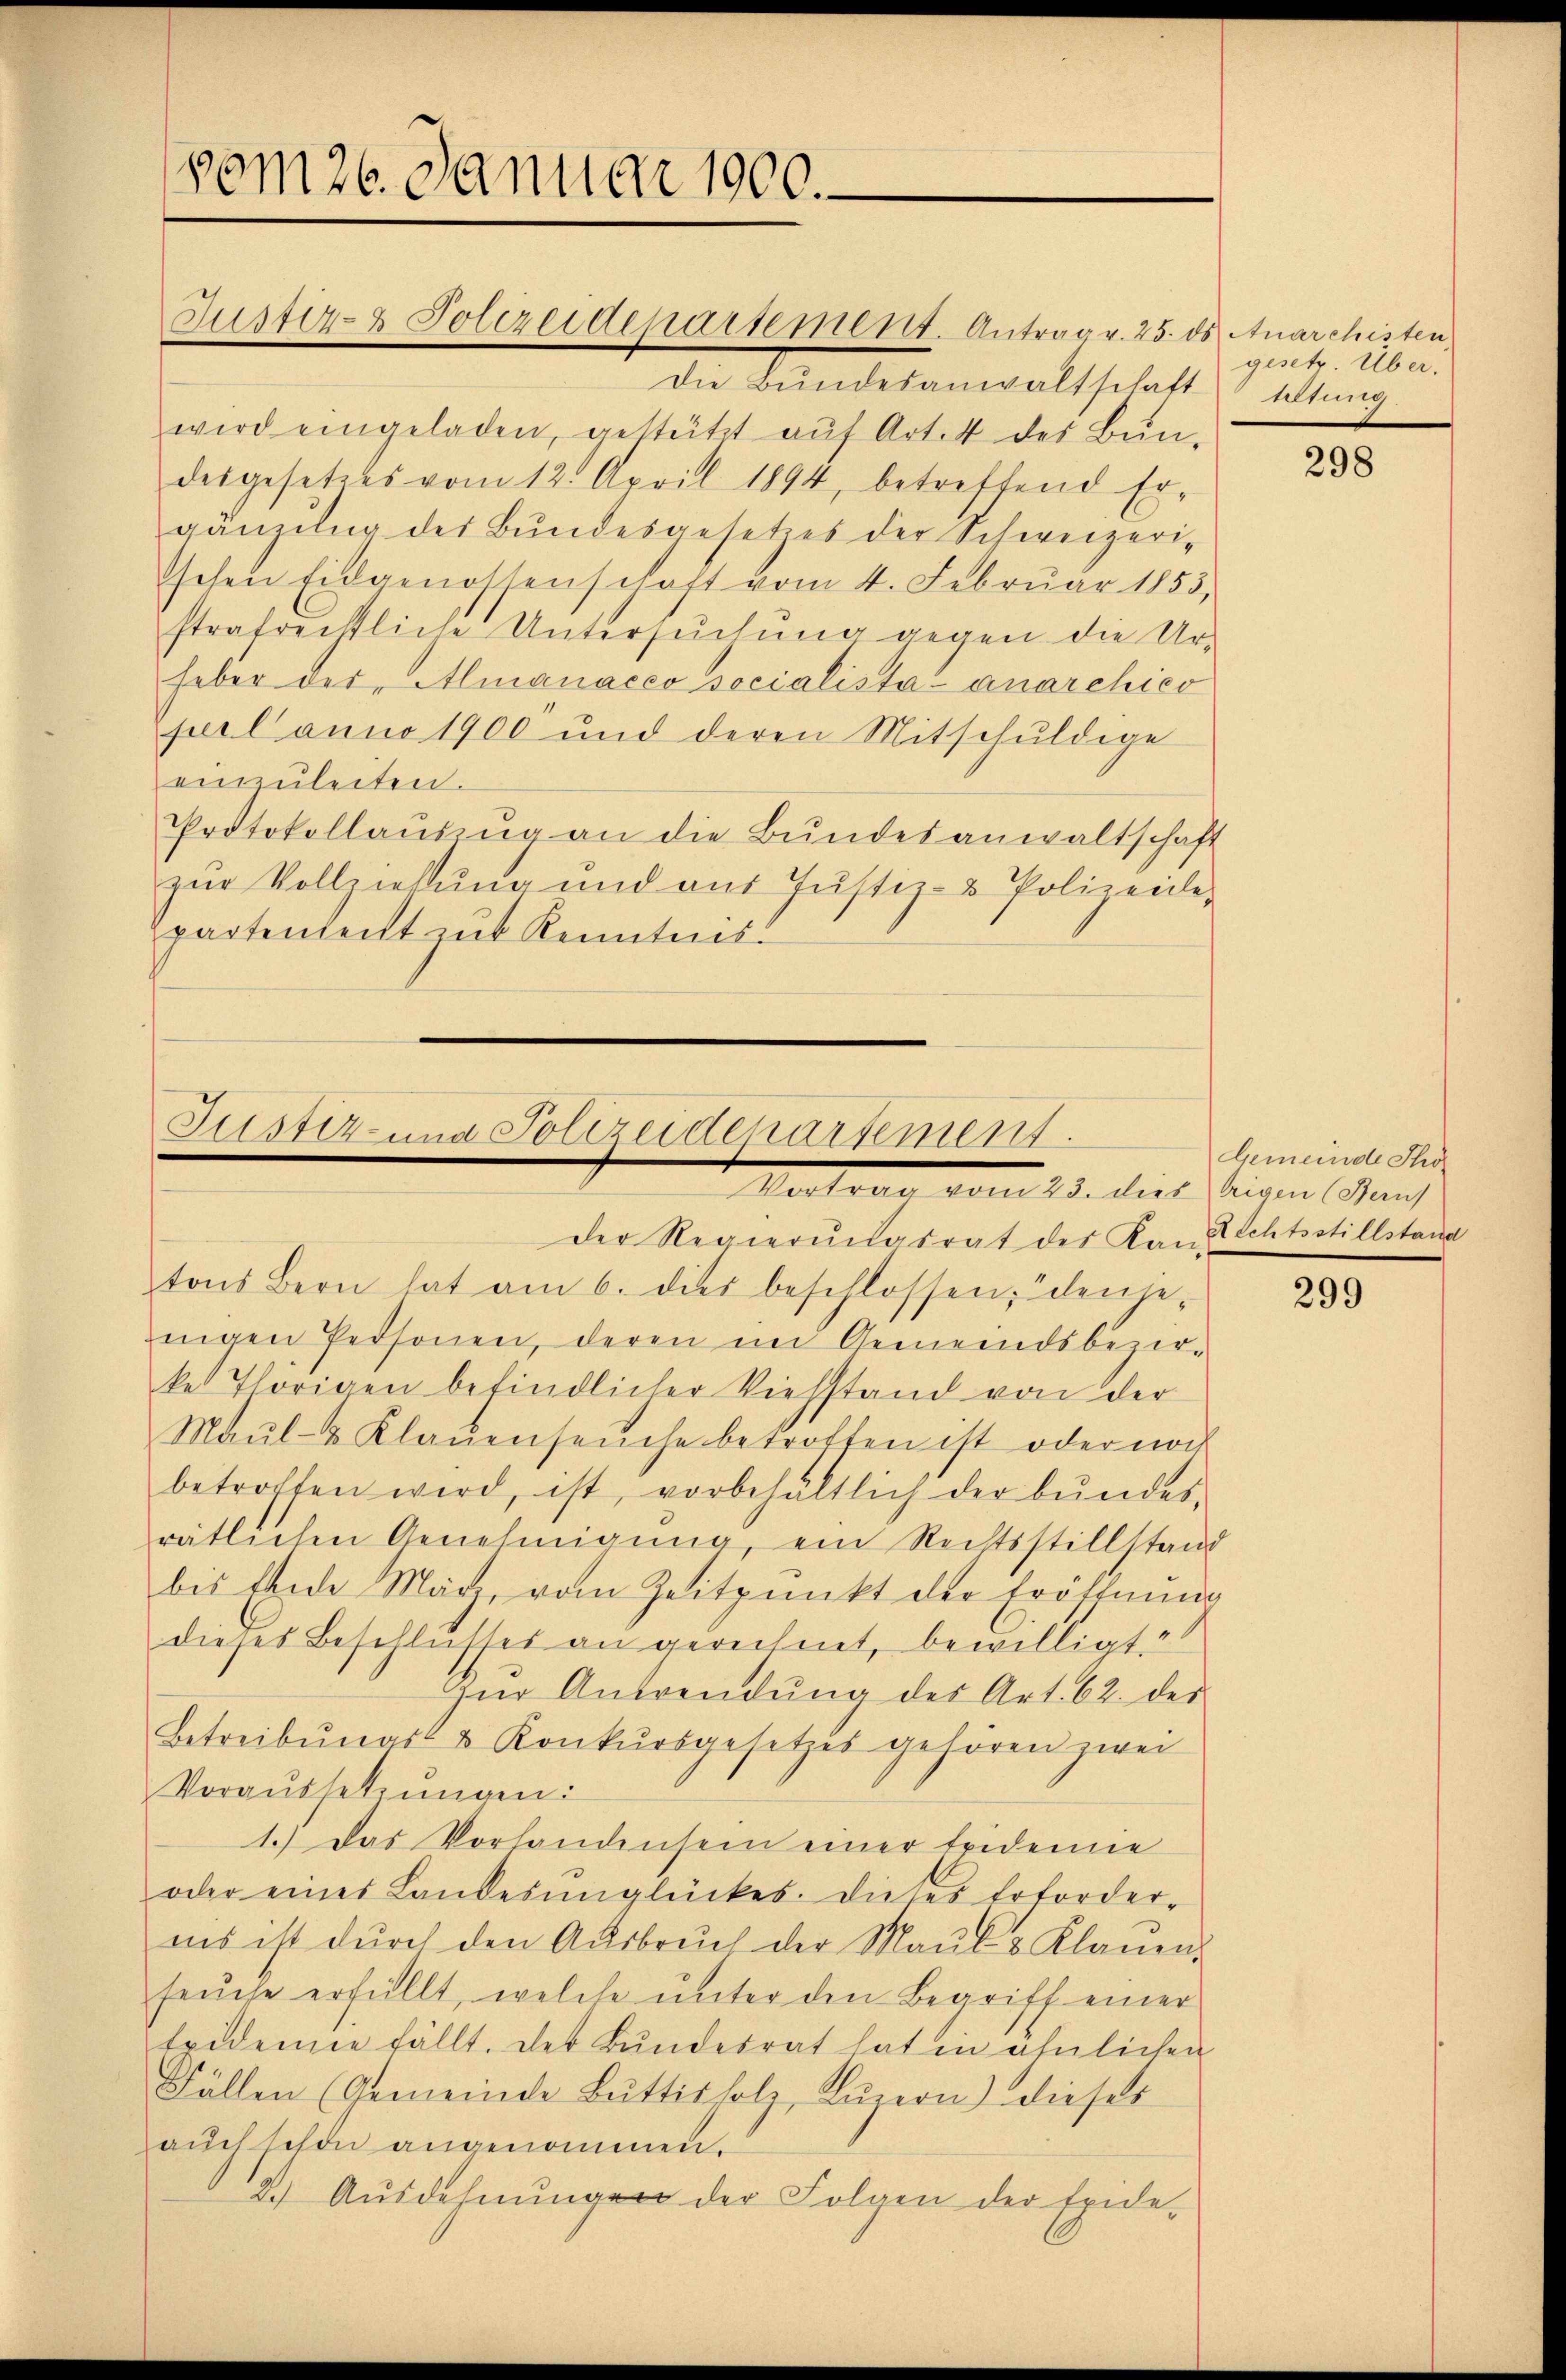
vom 26. Januar 1900.

Die Bŭndesanwaltschaft
wird eingeladen, gestützt aŭf Art. 4 des Bun-
desgesetzes vom 12. April 1894, betreffend Er-
gänzŭng des Bŭndesgesetzes der Schweizeri-
hehen Eidgenossenschaft vom 4. Februar 1855,
strafritliche Untersŭchŭng gegen die Ur-
heber der Almanacco socialista-anarchico
perl anno 1900 und deren Mitschuldige
einzŭleiten.
Protokollaŭszŭg an die Bŭndesanwaltschaft
zŭr Vollziehŭng und aus Jŭstiz- & Polizeide,
Epartenheit zur Kenntnis.

Suster- Polizeidepartement. Antrag v. 25. ds Anarchisten

Justiz- und Polizeidepartement.
Vertrag vom 23. dies

der Regierungsrat des Kandischtsstillstand
tons Bern hat am 6. dies beschlossen, denjenngen Personen, deren in Gemeindsbezirke Thorigen befindlicher Viehstand von der
Maŭl- & Klaŭenseuche betrotten ist oder noch
betroffen wird, ist, vorbehältlich der bŭndes-
rätlichen Genehmigung, ein Rechtsstillstand
bis Ende März, vom Zeitpunkt der Eröffnung
dieses Beschlusses an gerechnet, bewilligt
Zŭr Anwendŭng des Art. 62. des
Betreibŭngs- & Konkŭrsgesetzes gehören zwei
Voraussetzŭngen:
1.) Das Vorhandensein einer Epidemie
oder eines Landesunglückes. dieses Erforder-
ins ist dŭrch den Aŭsbrŭch der Maŭl & Klaŭen.
feuche erfüllt, welche unter den Begriff einer
Exidemie fällt. Der Bŭndesrat hat in ähnlichen
Fällen (Gemeinde Büttisholz, Lŭzern) dieses
auch schon angenommen.
2.) Ausdehnŭngen der Folgen der Exide-

gesetz. Über.
Altung.

298

Gemeinde Tho
trigen (Berns

299